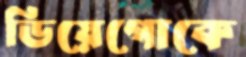
ডিয়েগোকে